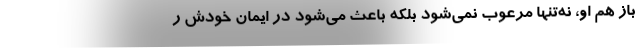
باز هم او، نه‌تنها مرعوب نمی‌شود بلکه باعث می‌شود در ایمان خودش ر